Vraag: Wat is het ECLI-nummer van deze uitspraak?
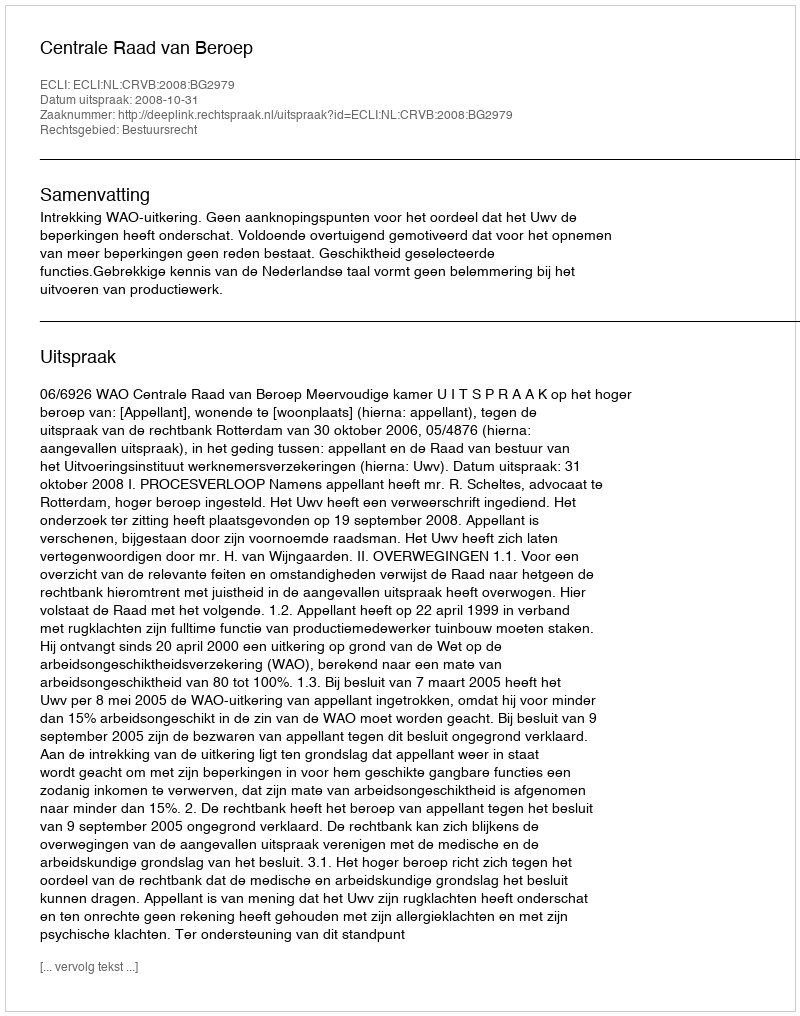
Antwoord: ECLI:NL:CRVB:2008:BG2979